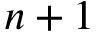
n + 1